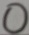
0